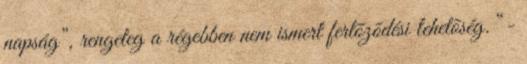
napság”, rengeteg a régebben nem ismert fertõzõdési lehetõség. “-